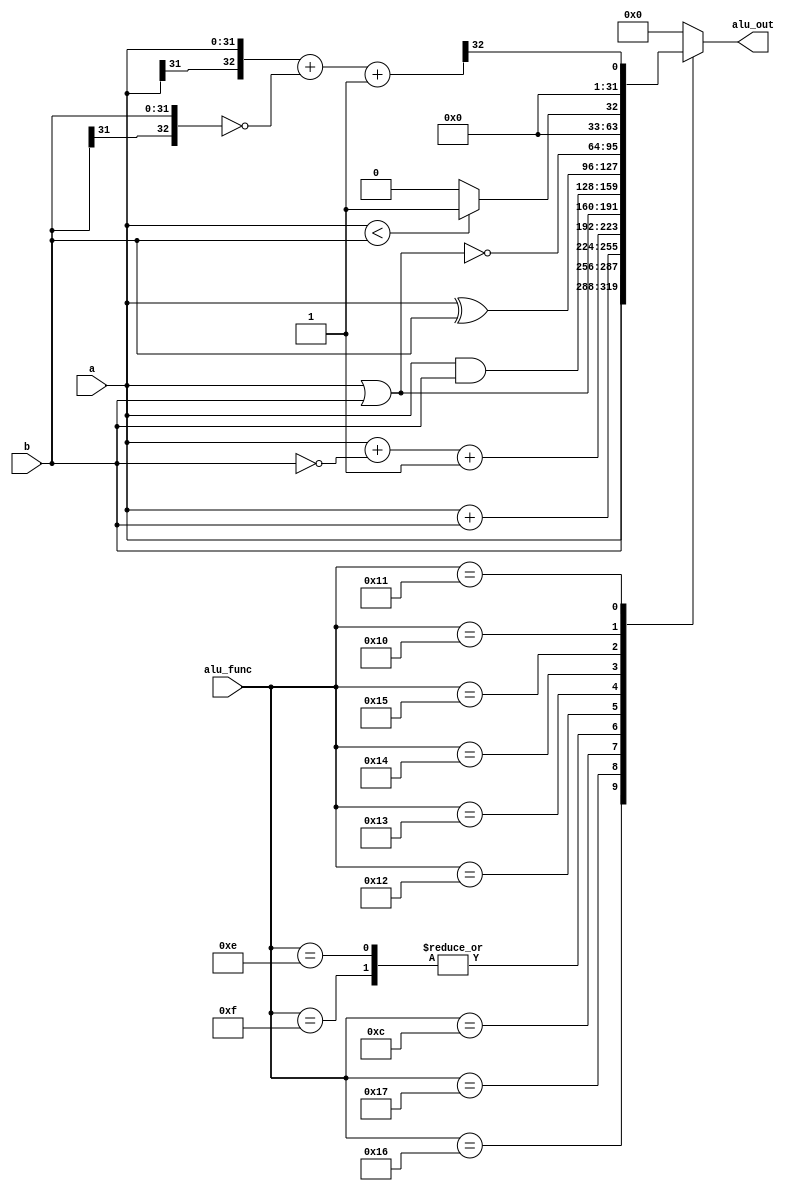
//This file is based on YACC ->alu.v 



/////////////////////////////////////////////////////////////////////
////                                                             ////
////                                                             ////
////  If you encountered any problem, please contact :           ////
////                                                             ////
////  Downloaded from:                                           ////
////     http://www.opencores.org/pdownloads.cgi/list/mips789    ////
/////////////////////////////////////////////////////////////////////
////                                                             ////
//// Copyright (C) 2006-2007 Liwei                               ////
////                         mcupro@yahoo.com.hk                 ////
////                                                             ////
////                                                             ////
//// This source file may be used and distributed freely without ////
//// restriction provided that this copyright statement is not   ////
//// removed from the file and any derivative work contains the  ////
//// original copyright notice and the associated disclaimer.    ////
////                                                             ////
//// Please let the author know if it is used                    ////
//// for commercial purpose.                                     ////
////                                                             ////
////     THIS SOFTWARE IS PROVIDED ``AS IS'' AND WITHOUT ANY     ////
//// EXPRESS OR IMPLIED WARRANTIES, INCLUDING, BUT NOT LIMITED   ////
//// TO, THE IMPLIED WARRANTIES OF MERCHANTABILITY AND FITNESS   ////
//// FOR A PARTICULAR PURPOSE. IN NO EVENT SHALL THE AUTHOR      ////
//// OR CONTRIBUTORS BE LIABLE FOR ANY DIRECT, INDIRECT,         ////
//// INCIDENTAL, SPECIAL, EXEMPLARY, OR CONSEQUENTIAL DAMAGES    ////
//// (INCLUDING, BUT NOT LIMITED TO, PROCUREMENT OF SUBSTITUTE   ////
//// GOODS OR SERVICES; LOSS OF USE, DATA, OR PROFITS; OR        ////
//// BUSINESS INTERRUPTION) HOWEVER CAUSED AND ON ANY THEORY OF  ////
//// LIABILITY, WHETHER IN  CONTRACT, STRICT LIABILITY, OR TORT  ////
//// (INCLUDING NEGLIGENCE OR OTHERWISE) ARISING IN ANY WAY OUT  ////
//// OF THE USE OF THIS SOFTWARE, EVEN IF ADVISED OF THE         ////
//// POSSIBILITY OF SUCH DAMAGE.                                 ////
////                                                             ////
/////////////////////////////////////////////////////////////////////
////                                                             ////
////                                                             ////
//// Date of Creation: 2007.8.1                                  ////
////                                                             ////
//// Version: 0.0.1                                              ////
////                                                             ////
//// Description:                                                ////
////                                                             ////
////                                                             ////
/////////////////////////////////////////////////////////////////////
////                                                             ////
//// Change log:                                                 ////
////                                                             ////
/////////////////////////////////////////////////////////////////////

`define                ALU_ADD      12                
`define                ALU_ADDU     13
`define                ALU_SUB      14
`define                ALU_SUBU     15
`define                ALU_SLTU     16
`define                ALU_SLT      17
`define                ALU_OR       18
`define                ALU_AND      19
`define                ALU_XOR      20
`define                ALU_NOR      21
`define                ALU_PA       22
`define                ALU_PB       23

module alu (a,b,alu_out,alu_func);

    input [31:0] a,b;
    output reg [31:0] alu_out;
    input [4:0]	alu_func;

    wire [31:0] c;

    reg [32:0] sum;

    always @(*)
    begin
        case (alu_func)
            `ALU_PA     : alu_out=a;
            `ALU_PB     : alu_out=b;
            `ALU_ADD    : alu_out=a+b;
            `ALU_SUB  ,
            `ALU_SUBU      : alu_out=a + (~b)+1;
            `ALU_OR     : alu_out=a | b;
            `ALU_AND     : alu_out=a & b;
            `ALU_XOR       : alu_out=a ^ b;
            `ALU_NOR        : alu_out=~(a | b);
            `ALU_SLTU : alu_out=(a < b)?1:0;
            `ALU_SLT :
            begin
                sum={a[31],a}+~{b[31],b}+33'h0_0000_0001;
                alu_out={31'h0000_0000,sum[32]};
            end
            default : alu_out=32'h0;
        endcase
    end
endmodule

/*
this file is based on YACC's alu.v
*/